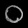
Digit: ၀